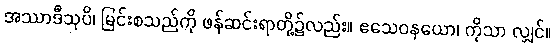
အဿာဒီသုပိ၊ မြင်းစသည်ကို ဖန်ဆင်းရာတို့၌လည်း။ ဧသေဝနယော၊ ကိုသာ လျှင်။